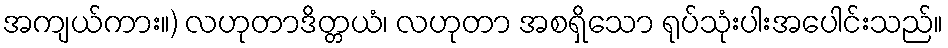
အကျယ်ကား။) လဟုတာဒိတ္တယံ၊ လဟုတာ အစရှိသော ရုပ်သုံးပါးအပေါင်းသည်။